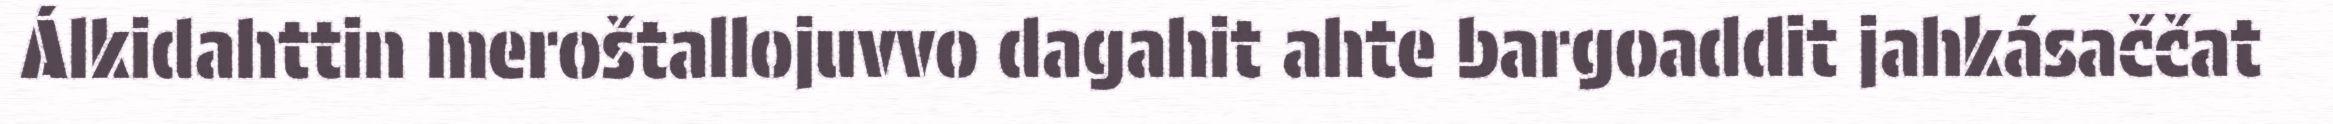
Álkidahttin meroštallojuvvo dagahit ahte bargoaddit jahkásaččat